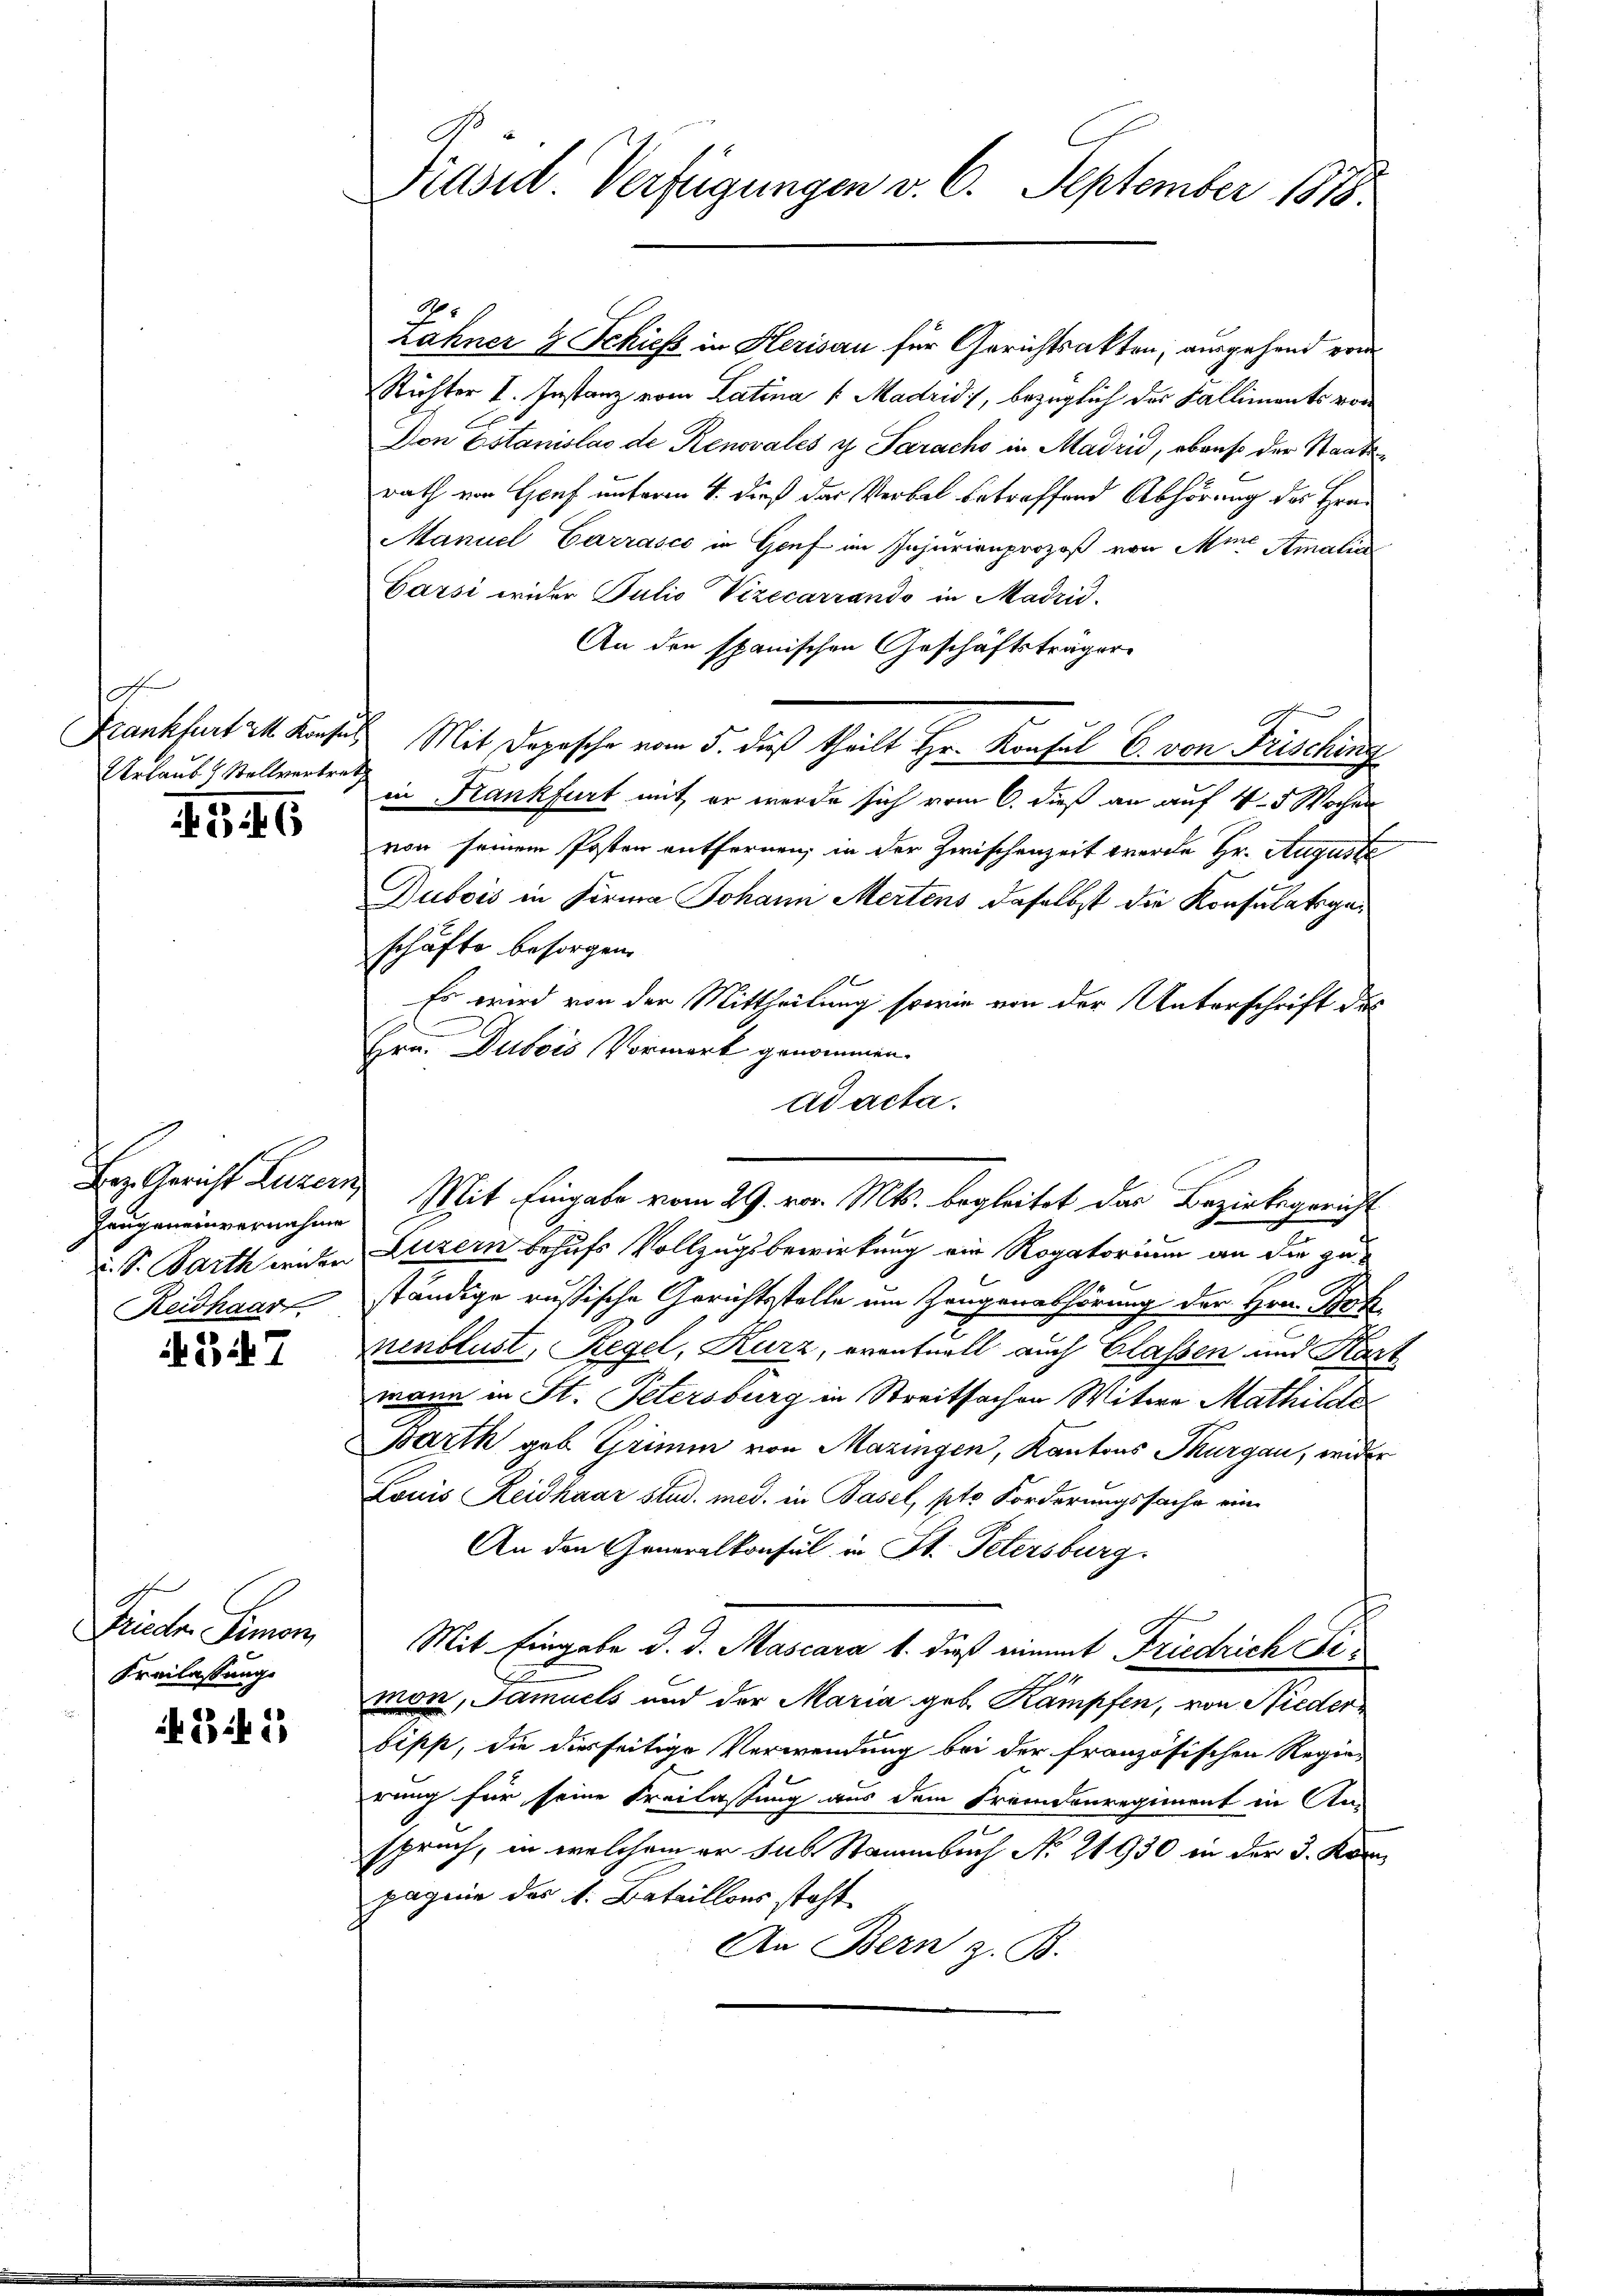
Urlaub & Stellvertret

45. 6

Zeugeneinvernahme
Reidhaar

347

Frieder Simon,
Freilassung

if. 341)

Präsid. Verfügungen v. 6. September 1818.

1
zähner 4 Schiefs in Herisau für Gerichtsakten, ausgehend von
Richter I. Instanz vom Latina   Madrid, bezüglich der Falliments vor
Don Estanislas de Renovales y Sarachs in Madrid, ob aus der Staatsrath von Genf unterm 1. dieß das Verbal betreffend Abhörung des Hrn.
Manuel Carrasco in Genf im Injurienprozeß von Mine Amalia
Garsi wider Putio Vizecarrando in Madrid.
An den spanischen Geschäftsträger
Frankheit 2. Konsul Mit Depesche vom 5. daß theilt Hr. Konsul 6. von Frischens
in Krankfurt mit er werde sich vom 6. dieß an auf 4-5 Wochen
von seinem Posten entfernen, in der Zwischenzeit werde Hr. Auguste
Dubois in Firma Johann Mertens daselbst die Konsulatsgeschäfte besorgen.
Es wird von der Mittheilung sowie von der Unterschrift des
Hrn. Dubois Vormerk genommen.
ad acta.
Bez. Gericht Luzern Mit Eingabe vom 29. vor. Mts. begleitet das Bezirksgericht
S. Parth wider Luzern behufs Vollzugsbewirkung ein Rogatorium an die zuständige russische Gerichtsstelle um Zeugenanhörung der Hrn. Jak
enblust, Regel, Kurz, eventuell auch Glassen und Kart
mann in St. Petersburg in Streitsachen Witwe Mathilde
Barth geb. Grimm von Mazingen, Kantons Thurgau, wider
Louis Reidhaar stud. med. in Basel, pto Forderungssache ein¬
An den Generalkonsul in St. Petersburg.
Mit Eingabe d. d. Mascara 1. dieß einmt Friedrich Fimon, Samuels und der Maria geb. Kampfen, von Niederbipp, die diesseitige Verwendung bei der französischen Regie-
rung für seine Freilassung aus dem Fremdenregiment in An-
spruch, in welchem er sub Stammbuch No. 21930 in der 3. Köni
pagnie des k. Bataillons steht
An Bern z. B.